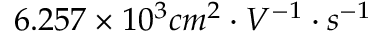
6 . 2 5 7 \times 1 0 ^ { 3 } c m ^ { 2 } \cdot V ^ { - 1 } \cdot s ^ { - 1 }